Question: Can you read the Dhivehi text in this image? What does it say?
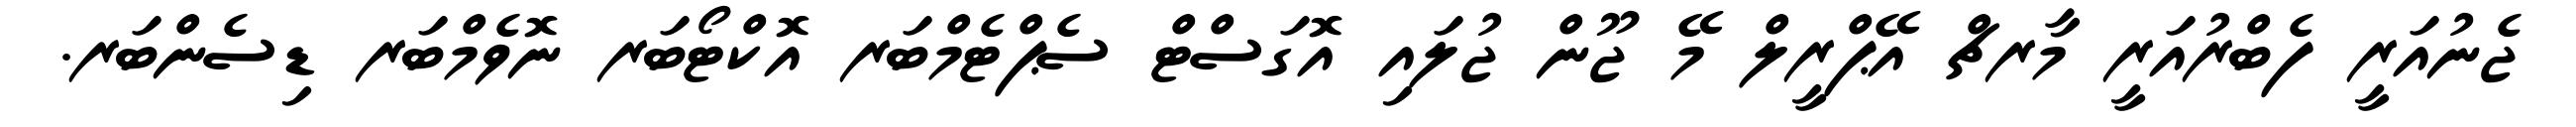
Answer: ޖެނުއަރީ ފެބްރުއަރީ މާރޗް އޭޕްރީލް މޭ ޖޫން ޖުލައި އޮގަސްޓް ސެޕްޓެމްބަރ އޮކްޓޯބަރ ނޮވެމްބަރ ޑިސެންބަރ.